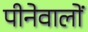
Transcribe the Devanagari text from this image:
पीनेवालों